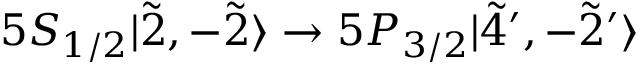
5 S _ { 1 / 2 } | \Tilde { 2 } , - \Tilde { 2 } \rangle \rightarrow 5 P _ { 3 / 2 } | \Tilde { 4 } ^ { \prime } , - \Tilde { 2 } ^ { \prime } \rangle